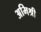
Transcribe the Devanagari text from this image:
अमिश्री